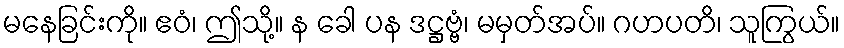
မနေခြင်းကို။ ဧဝံ၊ ဤသို့။ န ခေါ ပန ဒဋ္ဌဗ္ဗံ၊ မမှတ်အပ်။ ဂဟပတိ၊ သူကြွယ်။